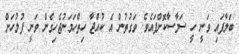
ބަލާފައި ވަނީ ހީ ސަމާސާކޮށްފައެވެ. ވަގުތުން އެ ކުއްޖާ ހިތްހަމަނުޖެހިގެން ވަނީ ފުލުހަށް